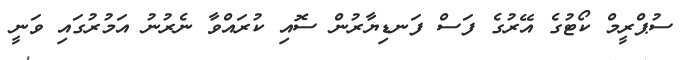
ސުޕްރީމް ކޯޓުގެ އޭރުގެ ފަސް ފަނޑިޔާރުން ސޮއި ކުރައްވާ ނެރުނު އަމުރުގައި ވަނީ